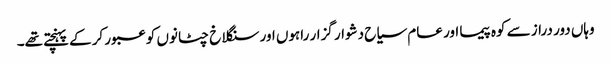
وہاں دور دراز سے کوہ پیما اور عام سیاح دشوار گزار راہوں اور سنگلاخ چٹانوں کو عبور کر کے پہنچتے تھے۔